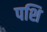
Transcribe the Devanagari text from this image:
पशि